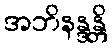
အဘိနန္ဒန္တိ